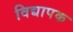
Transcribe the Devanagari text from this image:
विद्यापक